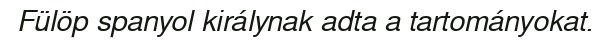
Fülöp spanyol királynak adta a tartományokat.